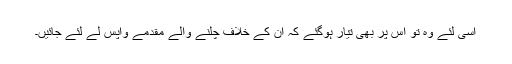
اسی لئے وہ تو اس پر بھی تیار ہوگئے کہ ان کے خلاف چلنے والے مقدمے واپس لے لئے جائیں۔